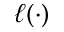
\ell ( \cdot )